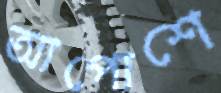
আপোশে